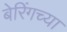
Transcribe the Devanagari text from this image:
बेरिंगच्या